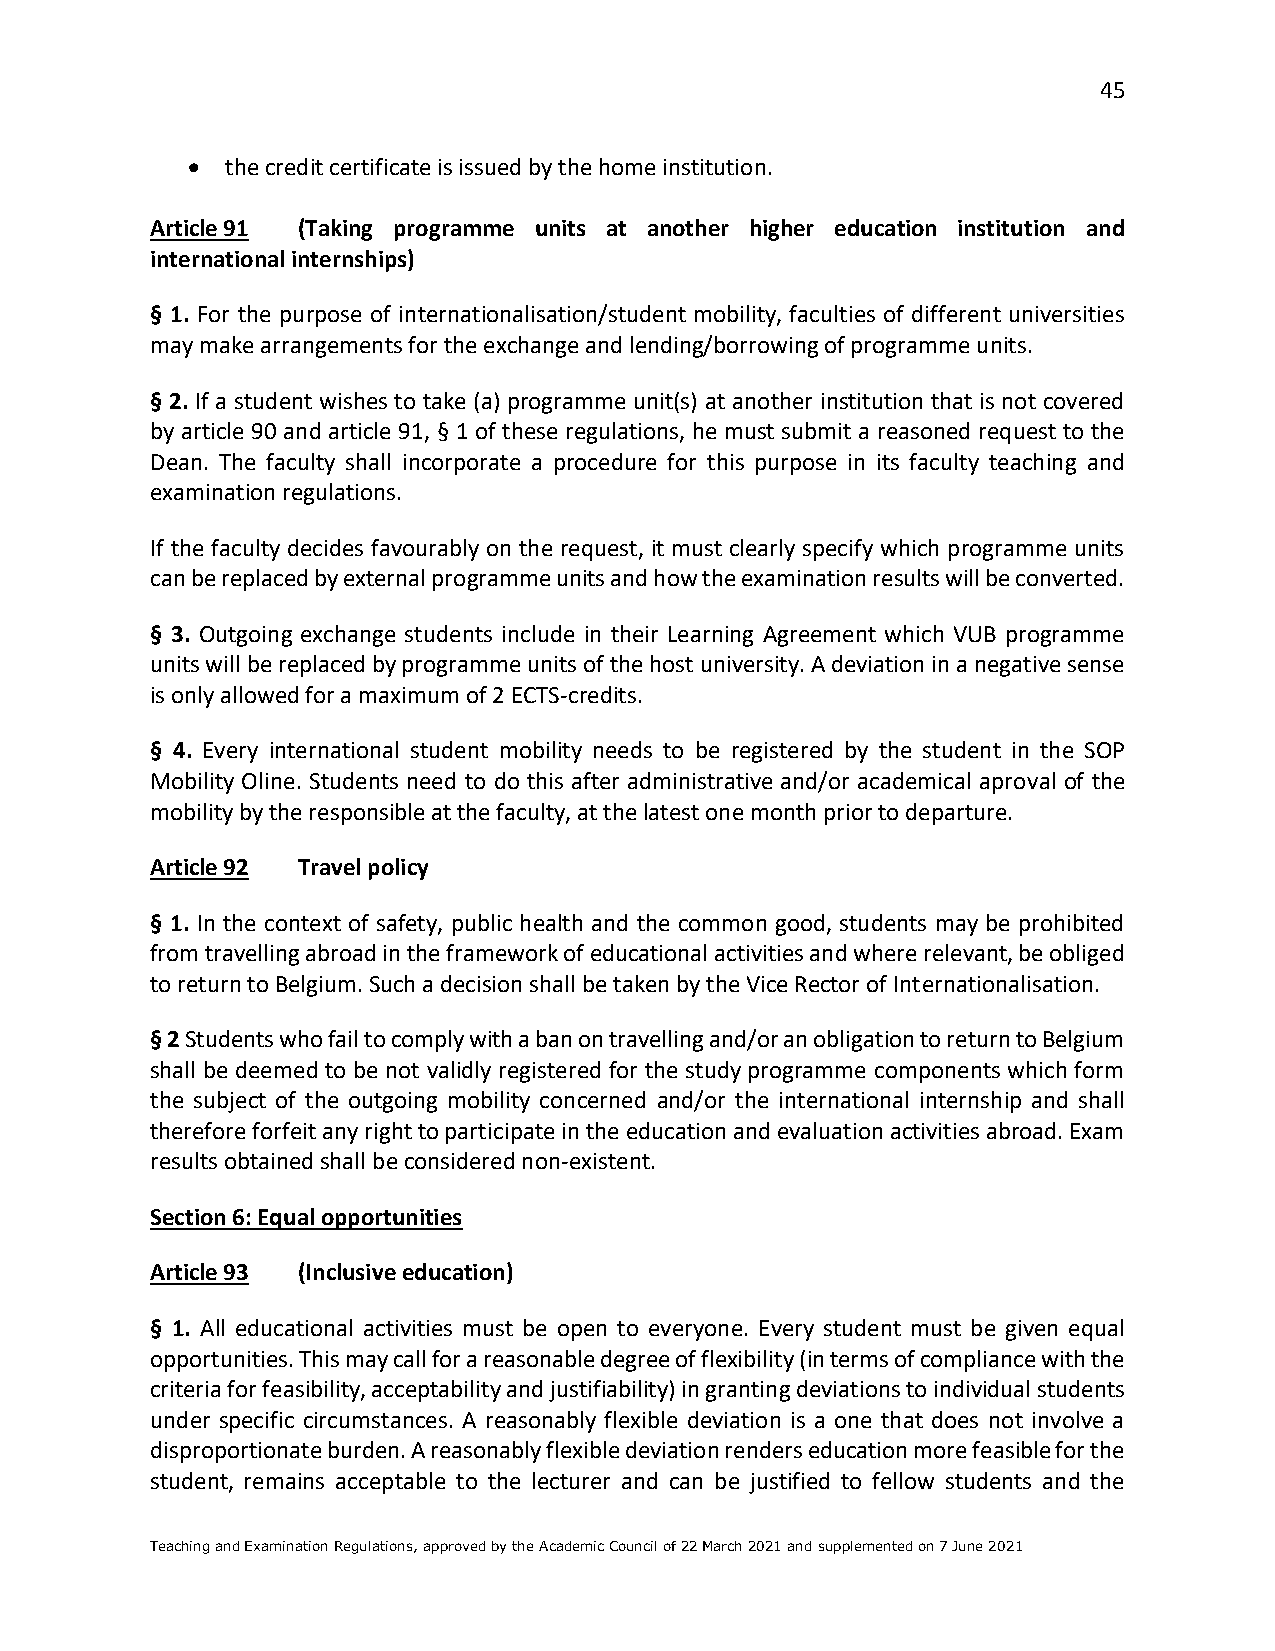
45
 •  the credit certificate is issued by the home institution.
 Article 91 (Taking programme units at another higher education institution and
 international internships)
 § 1. For the purpose of internationalisation/student mobility, faculties of different universities
 may make arrangements for the exchange and lending/borrowing of programme units.
 § 2. If a student wishes to take (a) programme unit(s) at another institution that is not covered
 by article 90 and article 91, § 1 of these regulations, he must submit a reasoned request to the
 Dean. The faculty shall incorporate a procedure for this purpose in its faculty teaching and
 examination regulations.
 If the faculty decides favourably on the request, it must clearly specify which programme units
 can be replaced by external programme units and how the examination results will be converted.
 § 3. Outgoing exchange students include in their Learning Agreement which VUB programme
 units will be replaced by programme units of the host university. A deviation in a negative sense
 is only allowed for a maximum of 2 ECTS-credits.
 § 4. Every international student mobility needs to be registered by the student in the SOP
 Mobility Oline. Students need to do this after administrative and/or academical aproval of the
 mobility by the responsible at the faculty, at the latest one month prior to departure.
 Article 92 Travel policy
 § 1. In the context of safety, public health and the common good, students may be prohibited
 from travelling abroad in the framework of educational activities and where relevant, be obliged
 to return to Belgium. Such a decision shall be taken by the Vice Rector of Internationalisation.
 § 2 Students who fail to comply with a ban on travelling and/or an obligation to return to Belgium
 shall be deemed to be not validly registered for the study programme components which form
 the subject of the outgoing mobility concerned and/or the international internship and shall
 therefore forfeit any right to participate in the education and evaluation activities abroad. Exam
 results obtained shall be considered non-existent.
 Section 6: Equal opportunities
 Article 93 (Inclusive education)
 § 1. All educational activities must be open to everyone. Every student must be given equal
 opportunities. This may call for a reasonable degree of flexibility (in terms of compliance with the
 criteria for feasibility, acceptability and justifiability) in granting deviations to individual students
 under specific circumstances. A reasonably flexible deviation is a one that does not involve a
 disproportionate burden. A reasonably flexible deviation renders education more feasible for the
 student, remains acceptable to the lecturer and can be justified to fellow students and the
 Teaching and Examination Regulations, approved by the Academic Council of 22 March 2021 and supplemented on 7 June 2021